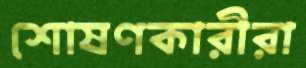
শোষণকারীরা